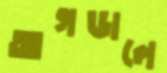
আগডালে